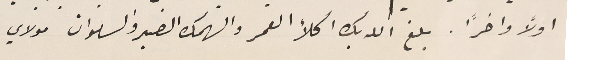
أولًا واخرًا. بلغ الله بك اكلأ العمر والهمك الصبر والسلوان مولاي